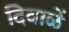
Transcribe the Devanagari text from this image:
दिवाळें